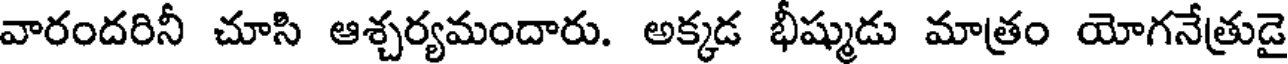
వారందరినీ చూసి ఆశ్చర్యమందారు. అక్కడ భీష్ముడు మాత్రం యోగనేత్రుడై